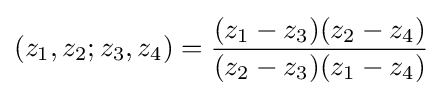
\displaystyle {(z_{1},z_{2};z_{3},z_{4})={(z_{1}-z_{3})(z_{2}-z_{4}) \over (z_{2}-z_{3})(z_{1}-z_{4})}}